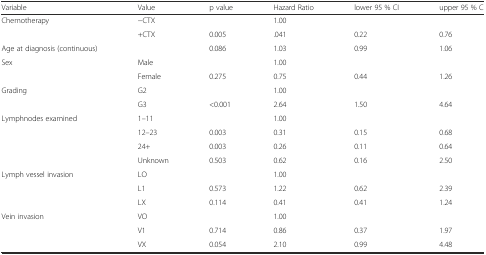
| Variable | Value | p value | Hazard Ratio | lower 95 % CI | upper 95 % C |
 | --- | --- | --- | --- | --- | --- |
 | Chemotherapy | −CTX |  | 1.00 |  |  |
 |  | +CTX | 0.005 | .041 | 0.22 | 0.76 |
 | Age at diagnosis (continuous) |  | 0.086 | 1.03 | 0.99 | 1.06 |
 | Sex | Male |  | 1.00 |  |  |
 |  | Female | 0.275 | 0.75 | 0.44 | 1.26 |
 | Grading | G2 |  | 1.00 |  |  |
 |  | G3 | <0.001 | 2.64 | 1.50 | 4.64 |
 | Lymphnodes examined | 1–11 |  | 1.00 |  |  |
 |  | 12–23 | 0.003 | 0.31 | 0.15 | 0.68 |
 |  | 24+ | 0.003 | 0.26 | 0.11 | 0.64 |
 |  | Unknown | 0.503 | 0.62 | 0.16 | 2.50 |
 | Lymph vessel invasion | LO |  | 1.00 |  |  |
 |  | L1 | 0.573 | 1.22 | 0.62 | 2.39 |
 |  | LX | 0.114 | 0.41 | 0.41 | 1.24 |
 | Vein invasion | VO |  | 1.00 |  |  |
 |  | V1 | 0.714 | 0.86 | 0.37 | 1.97 |
 |  | VX | 0.054 | 2.10 | 0.99 | 4.48 |